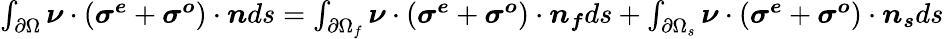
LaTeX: \begin{array}{r}{\int_{\partial\Omega}\boldsymbol{\nu}\cdot(\boldsymbol{\sigma^{e}}+\boldsymbol{\sigma^{o}})\cdot\boldsymbol{n}ds=\int_{\partial\Omega_{f}}\boldsymbol{\nu}\cdot(\boldsymbol{\sigma^{e}}+\boldsymbol{\sigma^{o}})\cdot\boldsymbol{n_{f}}ds+\int_{\partial\Omega_{s}}\boldsymbol{\nu}\cdot(\boldsymbol{\sigma^{e}}+\boldsymbol{\sigma^{o}})\cdot\boldsymbol{n_{s}}ds}\end{array}